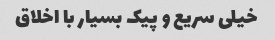
خیلی سریع و پیک بسیار با اخلاق